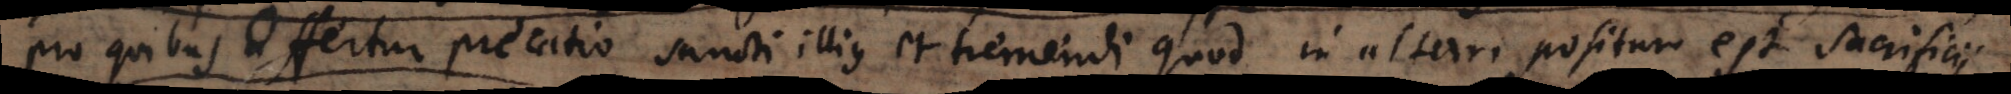
pro quibus offertur precatio sancti illius et tremendi quod in altari positum est sacrificii.